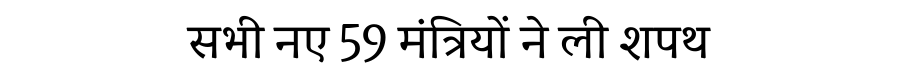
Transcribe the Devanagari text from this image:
सभी नए 59 मंत्रियों ने ली शपथ